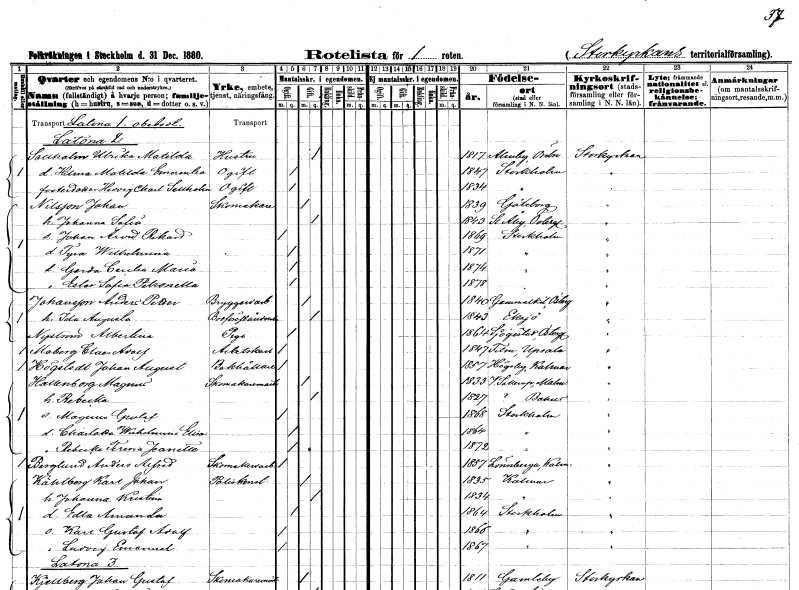
gt_parse: households: individuals: FN: Ulrika Matilda
EN: Sellholm
YRKE: Hustru
KON: K
CIV: G
FODAR: 1817
FODFORS: Almby Örebro län
FN: Hilma Matilda Emerentia
KON: K
CIV: O
FODAR: 1847
FODFORS: Stockholm
FN: Hedvig Charlotta
EN: Sellholm
KON: K
CIV: O
FODAR: 1834
FODFORS: Stockholm
FN: Johan
EN: Nilsson
YRKE: Skomakare
KON: M
CIV: G
FODAR: 1839
FODFORS: Göteborg Göteborgs- och Bohuslän
FN: Johanna Sofia
KON: K
CIV: G
FODAR: 1843
FODFORS: Stora Åby Östergötlands län
FN: Johan Arvid Rikard
KON: M
CIV: O
FODAR: 1869
FODFORS: Stockholm
FN: Tyra Wilhelmina
KON: K
CIV: O
FODAR: 1871
FODFORS: Stockholm
FN: Gerda Cecilia Maria
KON: K
CIV: O
FODAR: 1874
FODFORS: Stockholm
FN: Ester Sofia Petronella
KON: K
CIV: O
FODAR: 1878
FODFORS: Stockholm
FN: Anders Petter
EN: Johansson
YRKE: Bryggeriarbetare
KON: M
CIV: G
FODAR: 1840
FODFORS: Gammalkil Östergötlands län
FN: Ida Augusta
YRKE: Broförestånderska
KON: K
CIV: G
FODAR: 1843
FODFORS: Eksjö Jönköpings län
FN: Albertina
EN: Nyström
YRKE: Piga
KON: K
CIV: O
FODAR: 1864
FODFORS: Sjögestad Östergötlands län
FN: Claes Adolf
EN: Moberg
YRKE: Arbetskarl
KON: M
CIV: O
FODAR: 1847
FODFORS: Film Uppsala län
FN: Johan August
EN: Högstedt
YRKE: Bokhållare
KON: M
CIV: O
FODAR: 1857
FODFORS: Högsby Kalmar län
FN: Magnus
EN: Hallenborg
YRKE: Skomakarmäster
KON: M
CIV: G
FODAR: 1833
FODFORS: Västra Sallerup Malmöhus län
FN: Rebecka
KON: K
CIV: G
FODAR: 1827
FN: Magnus Gustaf
KON: M
CIV: O
FODAR: 1868
FODFORS: Stockholm
FN: Charlotta Wilhelmina Elina
KON: K
CIV: O
FODAR: 1864
FODFORS: Stockholm
FN: Rebecka Teresia Jeanette
KON: K
CIV: O
FODAR: 1872
FODFORS: Stockholm
FN: Anders Alfred
EN: Berglund
YRKE: Skomakeriarbetare
KON: M
CIV: O
FODAR: 1857
FODFORS: Lönneberga Kalmar län
FN: Karl Johan
EN: Kählberg
YRKE: Poliskonstapel
KON: M
CIV: G
FODAR: 1835
FODFORS: Kalmar Kalmar län
FN: Johanna Kristina
KON: K
CIV: G
FODAR: 1834
FODFORS: Kalmar Kalmar län
FN: Edla Amanda
KON: K
CIV: O
FODAR: 1864
FODFORS: Stockholm
FN: Karl Gustaf Adolf
KON: M
CIV: O
FODAR: 1866
FODFORS: Stockholm